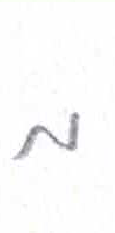
אות: מ